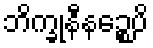
ဘိက္ခုနီနဉ္စေပိ